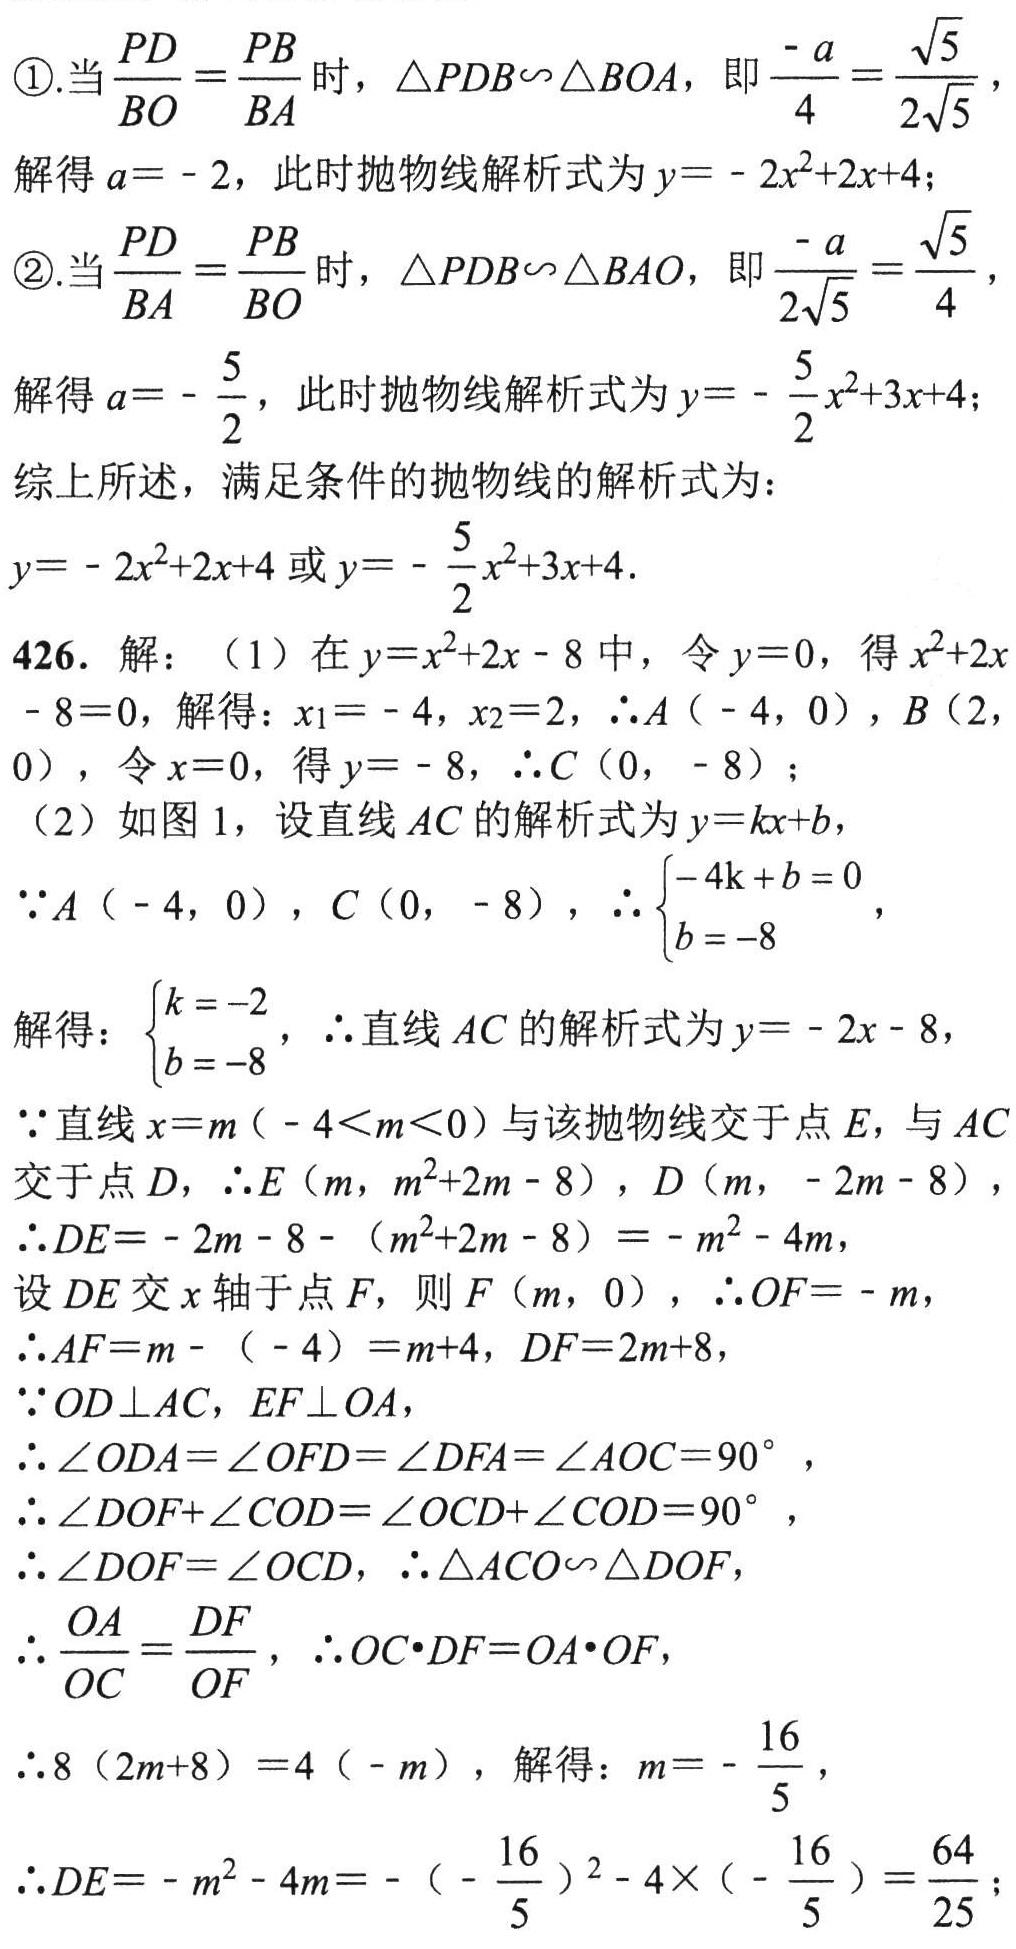
\textcircled{1}.当\(\frac{PD}{BO}=\frac{PB}{BA}\)时，\(\triangle PDB\sim\triangle BOA\)，即\(\frac{-a}{4}=\frac{\sqrt{5}}{2\sqrt{5}}\)，
解得\(a = - 2\)，此时抛物线解析式为\(y=-2x^{2}+2x + 4\)；
\textcircled{2}.当\(\frac{PD}{BA}=\frac{PB}{BO}\)时，\(\triangle PDB\sim\triangle BAO\)，即\(\frac{-a}{2\sqrt{5}}=\frac{\sqrt{5}}{4}\)，
解得\(a=-\frac{5}{2}\)，此时抛物线解析式为\(y = -\frac{5}{2}x^{2}+3x + 4\)；
综上所述，满足条件的抛物线的解析式为：
\(y=-2x^{2}+2x + 4\)或\(y = -\frac{5}{2}x^{2}+3x + 4\).
426. 解：（1）在\(y=x^{2}+2x - 8\)中，令\(y = 0\)，得\(x^{2}+2x - 8 = 0\)，解得：\(x_{1}=-4\)，\(x_{2}=2\)，\(\therefore A(-4,0)\)，\(B(2,0)\)，令\(x = 0\)，得\(y=-8\)，\(\therefore C(0,-8)\)；
（2）如图1，设直线\(AC\)的解析式为\(y = kx + b\)，
\(\because A(-4,0)\)，\(C(0,-8)\)，\(\therefore\begin{cases}-4k + b = 0\\b = - 8\end{cases}\)，
解得：\(\begin{cases}k=-2\\b = - 8\end{cases}\)，\(\therefore\)直线\(AC\)的解析式为\(y=-2x - 8\)，
\(\because\)直线\(x = m(-4\lt m\lt0)\)与该抛物线交于点\(E\)，与\(AC\)交于点\(D\)，\(\therefore E(m,m^{2}+2m - 8)\)，\(D(m,-2m - 8)\)，
\(\therefore DE=-2m - 8-(m^{2}+2m - 8)=-m^{2}-4m\)，
设\(DE\)交\(x\)轴于点\(F\)，则\(F(m,0)\)，\(\therefore OF=-m\)，
\(\therefore AF=m-(-4)=m + 4\)，\(DF = 2m + 8\)，
\(\because OD\perp AC\)，\(EF\perp OA\)，
\(\therefore\angle ODA=\angle OFD=\angle DFA=\angle AOC = 90^{\circ}\)，
\(\therefore\angle DOF+\angle COD=\angle OCD+\angle COD = 90^{\circ}\)，
\(\therefore\angle DOF=\angle OCD\)，\(\therefore\triangle ACO\sim\triangle DOF\)，
\(\therefore\frac{OA}{OC}=\frac{DF}{OF}\)，\(\therefore OC\cdot DF=OA\cdot OF\)，
\(\therefore8(2m + 8)=4(-m)\)，解得：\(m=-\frac{16}{5}\)，
\(\therefore DE=-m^{2}-4m=-\left(-\frac{16}{5}\right)^{2}-4\times\left(-\frac{16}{5}\right)=\frac{64}{25}\)；